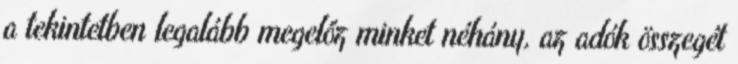
a tekintetben legalább megelőz minket néhány, az adók összegét